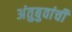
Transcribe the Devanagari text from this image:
अंतुबुवांची